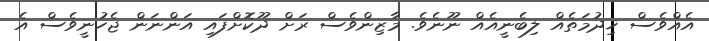
އެއްވެސް ޚިދުމަތެއް ލިބެނީއެއް ނޫނެވެ. މާޒިންވެސް ރަށް ދޫކޮށްފައި އަންނަން ޖެހުނީވެސް އެ